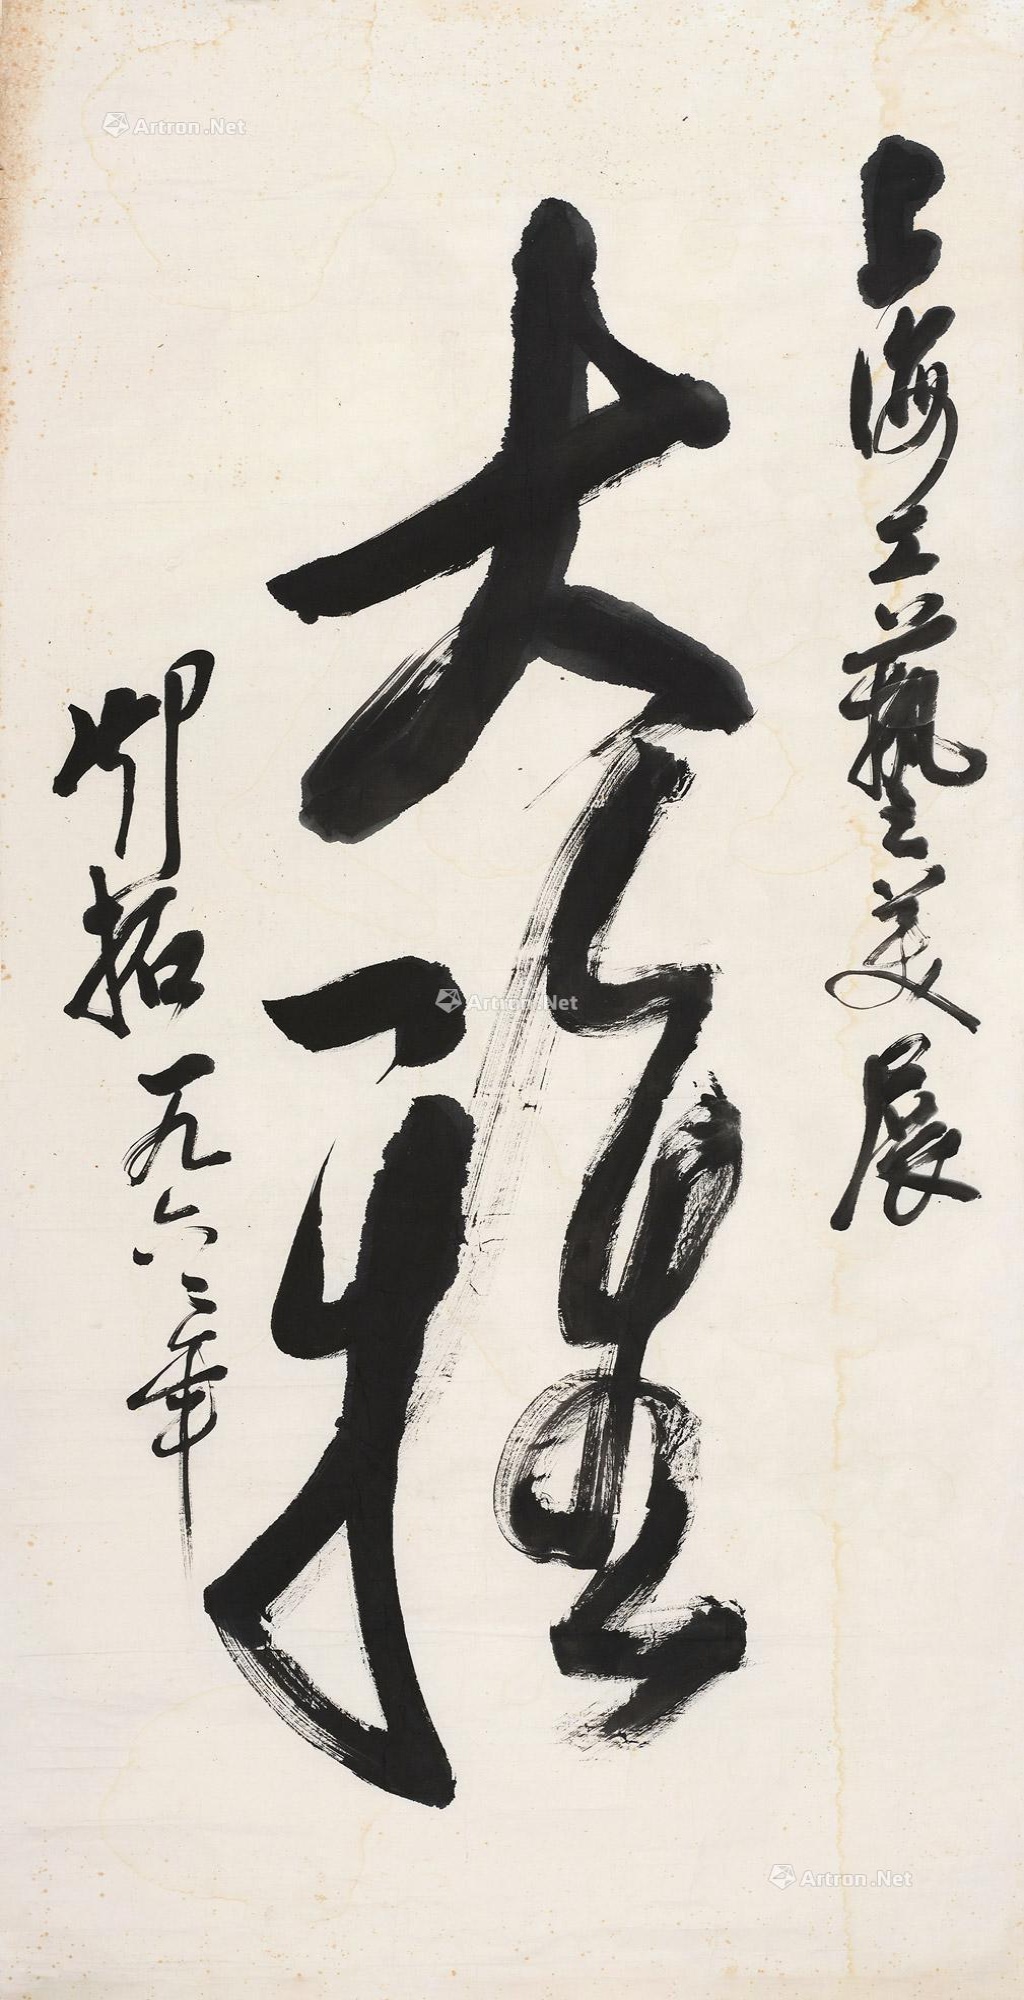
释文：大雅。上海工艺美展，邓拓，一九六六年。